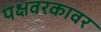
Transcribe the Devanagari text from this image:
पक्षवरकावर